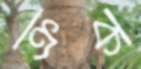
ক্রক